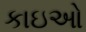
કાઇઓ